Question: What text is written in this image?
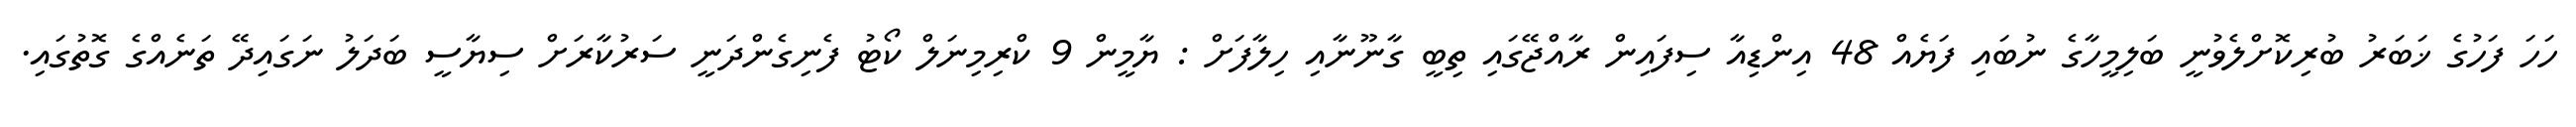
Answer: ހަހަ ފަހުގެ ޚަބަރު ބުރިކޮށްލެވުނީ ބަލިމީހާގެ ނުބައި ފަޔެއް 48 އިންޑިއާ ސިފައިން ރާއްޖޭގައި ތިބީ ގާނޫނާއި ހިލާފަށް : ޔާމީން 9 ކްރިމިނަލް ކޯޓު ފެނިގެންދަނީ ސަރުކާރަށް ސިޔާސީ ބަދަލު ނަގައިދޭ ތަނެއްގެ ގޮތުގައި.